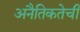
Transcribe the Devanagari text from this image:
अनैतिकतेची